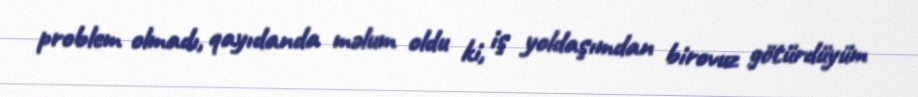
problem olmadı, qayıdanda məlum oldu ki, iş yoldaşımdan birovuz götürdüyüm